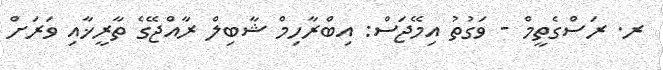
ރ. ރަސްގެތީމް - ވަގުތު އިމޭޖަސް: އިބްރާހިމް ޝާބިލް ރާއްޖޭގެ ތާރީޚާއި ވަރަށް